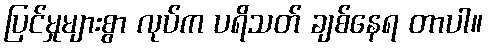
ပြင်မှုများစွာ လုပ်က ပရိသတ် ချစ်နေရ တာပါ။